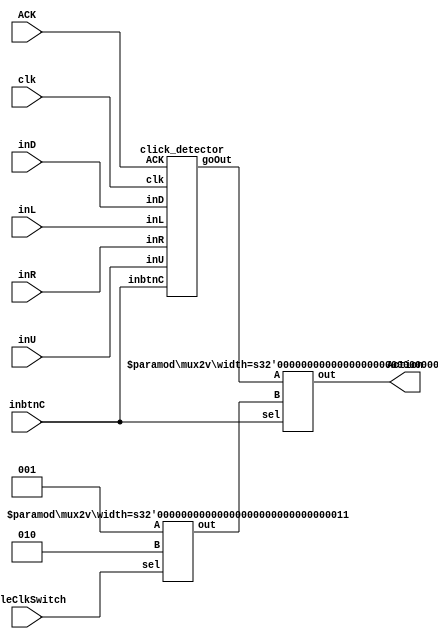
`define OP_BtnC     3'b001
`define OP_DblBtnC  3'b010
`define OP_U        3'b100
`define OP_R        3'b101
`define OP_D        3'b110
`define OP_L        3'b111
// Each button's code, used the numbers directly though

// Main Module to Decide on Action using Button C Click
module ClickAction(clk, inbtnC, inU, inR, inD, inL, ACK, DbleClkSwitch, Action);
    input clk, inbtnC, inU, inR, inD, inL, ACK, DbleClkSwitch;
    output[2:0] Action; // Can be nothing, Single CLick, or Double Click to trigger or flag mine
    
    wire[2:0] goOut, IsDouble;
    mux2v #(3) muxIsDouble(IsDouble, 3'b001, 3'b010, DbleClkSwitch); // Checks if DoubleClick is enabled, outputs result
    mux2v #(3) muxIsClicked(Action, goOut, IsDouble, inbtnC);        // Based Outputs result, overriding Button C with the Double Switch if it is on
    click_detector cd(clk, inbtnC, inU, inR, inD, inL, ACK, goOut);  // Runs the CLick Detector for Button C
endmodule

// Detects Clicks for the inputted buttons
module click_detector(clk, inbtnC, inU, inR, inD, inL, ACK, goOut);
// 000 - No input, 001 - single btnC click, 010 - double btnC, 100/101/110/111 - U/R/D/L btn click
    // inputs
    input clk, inbtnC, inU, inR, inD, inL, ACK;
    // outputs
    output[2:0] goOut;

    // reg and internal variable definitions
    wire [2:0] firstRes, currBtnOut, secondRes;
    
    wire firstRes3to1, CTBtnOut;
    wire secondRes3to1;
   
    // When a button is pressed this saves the pressed button's code
   assign firstRes = inbtnC == 1'b1 ? 3'b001 
                    : inU == 1'b1 ? 3'b100 
                    : inR == 1'b1 ? 3'b101 
                    : inD == 1'b1 ? 3'b110 
                    : inL == 1'b1 ? 3'b111
                    : 3'b000;
    assign firstRes3to1 = firstRes[2] | firstRes[1] | firstRes[0]; // This wire will be 1 is any button is pressed
    dff_behavioral #(3) SingleClick(firstRes, clk, ACK, currBtnOut); // If pressed button, stores pressed button's code

    // Gets whether the pressed button is still on, using pressed button's code as control
    mux8v #(1) m8(secondzRes3to1, 1'b1, inbtnC, 1'b1, 1'b1, inU, inR, inD, inL, currBtnOut);

    // If button is no longer pressed, pass 1
    dff_behavioral_WEnable #(1) ClickDetect(1'b1, secondRes3to1, 1'b1, ACK, CTBtnOut);
    // Will output the cliked button's code
    assign goOut = {CTBtnOut, CTBtnOut, CTBtnOut} & currBtnOut;
endmodule

// Flip-Flopper taken from previous assignments
module dff_behavioral(d,clk,clear,q,qbar); 
    parameter
        width = 3;

    input [width-1:0] d;
    input clk, clear; 
    output reg [width-1:0] q, qbar; 
    always@(posedge clk) 
    begin
        if (clear== 1) begin
            q <= {width{1'b0}};
            qbar <= {width{1'b1}};
        end else begin
            q <= d; 
            qbar = ~d; 
        end
    end 
endmodule

// Flip-Flopper taken from previous assignments, Enable Added
module dff_behavioral_WEnable(d,clk,enable,clear,q,qbar); 
    parameter
        width = 3;

    input [width-1:0] d;
    input clk, clear, enable; 
    output reg [width-1:0] q, qbar; 
    always@(posedge clk) 
    begin
        if(clear == 1) begin
            q <= {width{1'b0}};
            qbar <= {width{1'b1}};
        end else if(enable == 1) begin
            q <= d; 
            qbar = ~d; 
        end else
            q <= q; 
    end
endmodule

// Mux2v taken from previous assignments
module mux2v(out, A, B, sel);

   parameter
     width = 3;
   
   output [width-1:0] out;
   input  [width-1:0] A, B;
   input              sel;

   wire [width-1:0] temp1 = ({width{(!sel)}} & A);
   wire [width-1:0] temp2 = ({width{(sel)}} & B);
   assign out = temp1 | temp2;

endmodule // mux2v

// Mux8v taken from previous assignments
module mux8v(out, A, B, C, D, E, F, G, H, sel);

   parameter
     width = 1;
   
   output [width-1:0] out;
   input [width-1:0]  A, B, C, D, E, F, G, H;
   input [2:0]        sel;

   wire [width-1:0]   wAB, wCD, wEF, wGH;
   wire [width-1:0]   wABCD, wEFGH;
   
   mux2v #(width)  mAB (wAB, A, B, sel[0]);
   mux2v #(width)  mCD (wCD, C, D, sel[0]);
   mux2v #(width)  mEF (wEF, E, F, sel[0]);
   mux2v #(width)  mGH (wGH, G, H, sel[0]);

   mux2v #(width)  mABCD (wABCD, wAB, wCD, sel[1]);
   mux2v #(width)  mEFGH (wEFGH, wEF, wGH, sel[1]);

   mux2v #(width)  mfinal (out, wABCD, wEFGH, sel[2]);

endmodule // mux8v